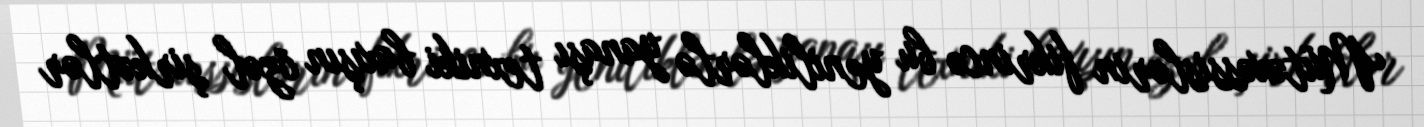
Mütəxəssislərin fikrincə bu yeniliklərlə yanaşı texniki baxışın özəl şirkətlər